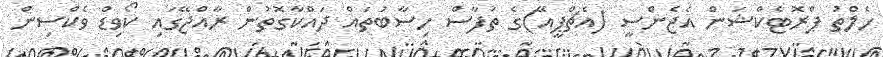
ހެލްތު ޕްރޮޓެކްޝަން އެޖެންސީ (އެޗްޕީއޭ)ގެ ތަފާސް ހިސާބުތައް ދައްކާގޮތުން ރާއްޖޭގައި ކޯވިޑް ވެކްސިން